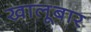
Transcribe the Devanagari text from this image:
खालूबार